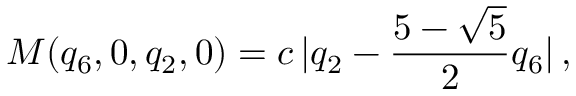
M ( { q _ { 6 } , 0 , q _ { 2 } , 0 } ) = c \, | q _ { 2 } - \frac { 5 - \sqrt { 5 } } { 2 } q _ { 6 } | \, ,